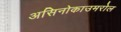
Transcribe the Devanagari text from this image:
असिनोकाउमरोल